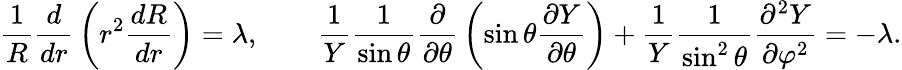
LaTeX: {\frac{1}{R}}{\frac{d}{dr}}\left(r^{2}{\frac{dR}{dr}}\right)=\lambda,\qquad{\frac{1}{Y}}{\frac{1}{\sin\theta}}{\frac{\partial}{\partial\theta}}\left(\sin\theta{\frac{\partial Y}{\partial\theta}}\right)+{\frac{1}{Y}}{\frac{1}{\sin^{2}\theta}}{\frac{\partial^{2}Y}{\partial\varphi^{2}}}=-\lambda.